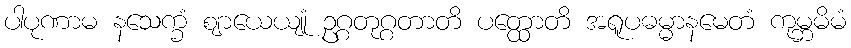
ပါပုဏာမ နသေက္ခံ ဈာယေယျုံ ဥဂ္ဂတုဂ္ဂတာတိ ပတ္ထောတိ အရူပဓမ္မာနမေတံ ကုမ္ဘမိမံ